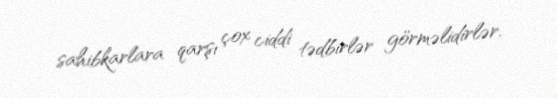
sahibkarlara qarşı çox ciddi tədbirlər görməlidirlər.